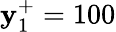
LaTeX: \mathbf{y}_{1}^{+}=100